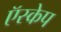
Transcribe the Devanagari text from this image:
ऍस्केप